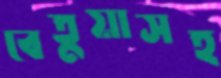
বেতুয়াসহ